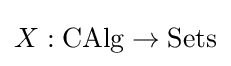
X:{\text{CAlg}}\to {\text{Sets}}